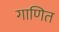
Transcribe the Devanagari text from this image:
गाणित